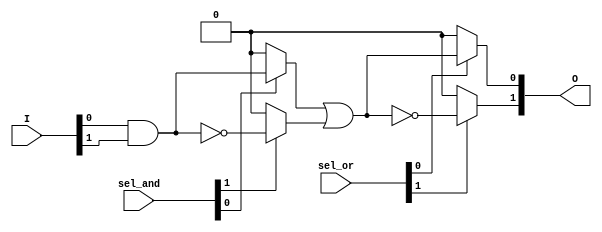
module PLA #(parameter NUM_INPUTS = 4,    // Number of inputs (I1, I2, I3, I4)
             parameter NUM_AND_GATES = 4, // Number of AND gates (P1, P2, P3, P4)
             parameter NUM_OR_GATES = 2    // Number of OR gates (O1, O2)
            ) (
    input [NUM_INPUTS-1:0] I,         // Input signals
    input [NUM_AND_GATES-1:0] sel_and, // Configuration for AND gates (1 = connect, 0 = disconnect)
    input [NUM_OR_GATES-1:0] sel_or,   // Configuration for OR gates (1 = connect, 0 = disconnect)
    output [NUM_OR_GATES-1:0] O         // Output signals
);
    
    // Internal wires for AND gate outputs (product terms)
    wire [NUM_AND_GATES-1:0] P;

    // AND gates (programmable)
    genvar i, j;
    generate
        for (i = 0; i < NUM_AND_GATES; i = i + 1) begin : and_gate
            // Each AND gate output is based on the selected inputs
            assign P[i] = (sel_and[i] == 1'b1) ? 
                          (I[0] & I[1]) ^ (i % 2) :
                          1'b0; // Example logic; adjust as needed for real connections
        end
    endgenerate

    // OR gates (programmable)
    generate
        for (j = 0; j < NUM_OR_GATES; j = j + 1) begin : or_gate
            // Each OR gate output is based on the selected AND gate outputs
            assign O[j] = (sel_or[j] == 1'b1) ? 
                          (P[0] | P[1]) ^ (j % 2) : // Example logic; adjust as needed for real connections
                          1'b0;
        end
    endgenerate

endmodule